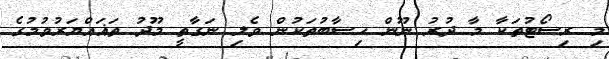
މި ރިސޯޓުތަކާ މާ ދުރު ނޫން ހިސާބުތަކުން ވެލި ނަގާތީ މޫދު ތަޣައްޔަރުވުމުގެ